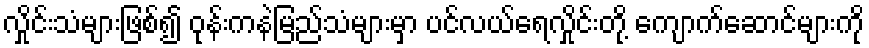
လှိုင်းသံများဖြစ်၍ ဝုန်းကနဲမြည်သံများမှာ ပင်လယ်ရေလှိုင်းတို့ ကျောက်ဆောင်များကို